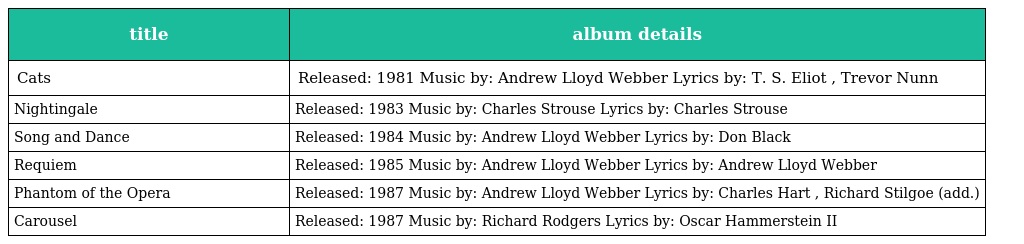
| title | album details |
 | --- | --- |
 | Cats | Released: 1981 Music by: Andrew Lloyd Webber Lyrics by: T. S. Eliot , Trevor Nunn |
 | Nightingale | Released: 1983 Music by: Charles Strouse Lyrics by: Charles Strouse |
 | Song and Dance | Released: 1984 Music by: Andrew Lloyd Webber Lyrics by: Don Black |
 | Requiem | Released: 1985 Music by: Andrew Lloyd Webber Lyrics by: Andrew Lloyd Webber |
 | Phantom of the Opera | Released: 1987 Music by: Andrew Lloyd Webber Lyrics by: Charles Hart , Richard Stilgoe (add.) |
 | Carousel | Released: 1987 Music by: Richard Rodgers Lyrics by: Oscar Hammerstein II |